Anatomy and histology of ticks - Number 23
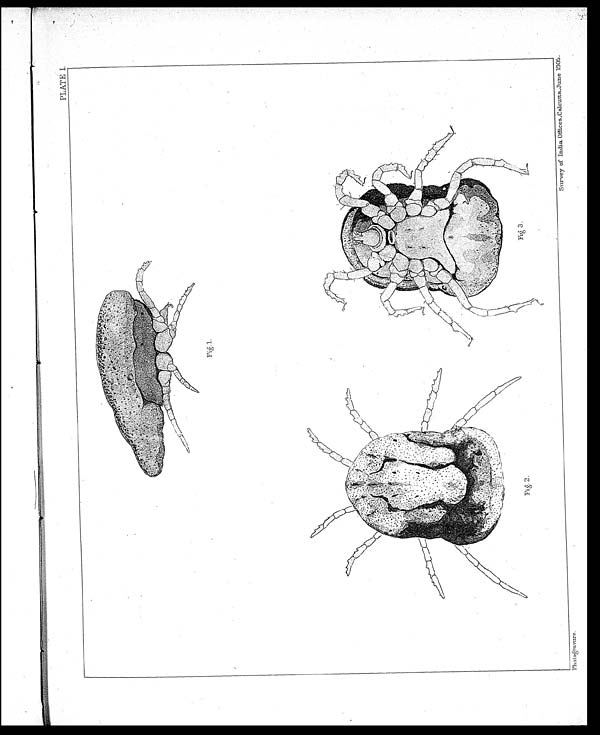
Fig.2 .
Fig. 3.
S u r v e y o f I n d i a O f f i c e s , C u l c u t t a , J u n e 1 9 0 5 .
PLATE I.
Photogravure.